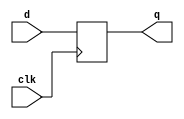
module dff (
    input wire clk,       // Clock input
    input wire d,         // Data input
    output reg q          // Output
);

	initial begin
		q = 0;
	end

	always @(posedge clk) begin
		q <= d;               // Transfer input to output on clock edge
	end

endmodule